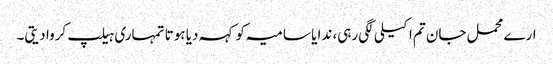
ارے محمل جان تم اکیلی لگی رہی، ندا یا سامیہ کو کہہ دیا ہوتا تمہاری ہیلپ کروا دیتی۔